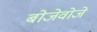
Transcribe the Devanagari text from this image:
बोजेवोजे